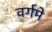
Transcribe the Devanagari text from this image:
वर्गमे